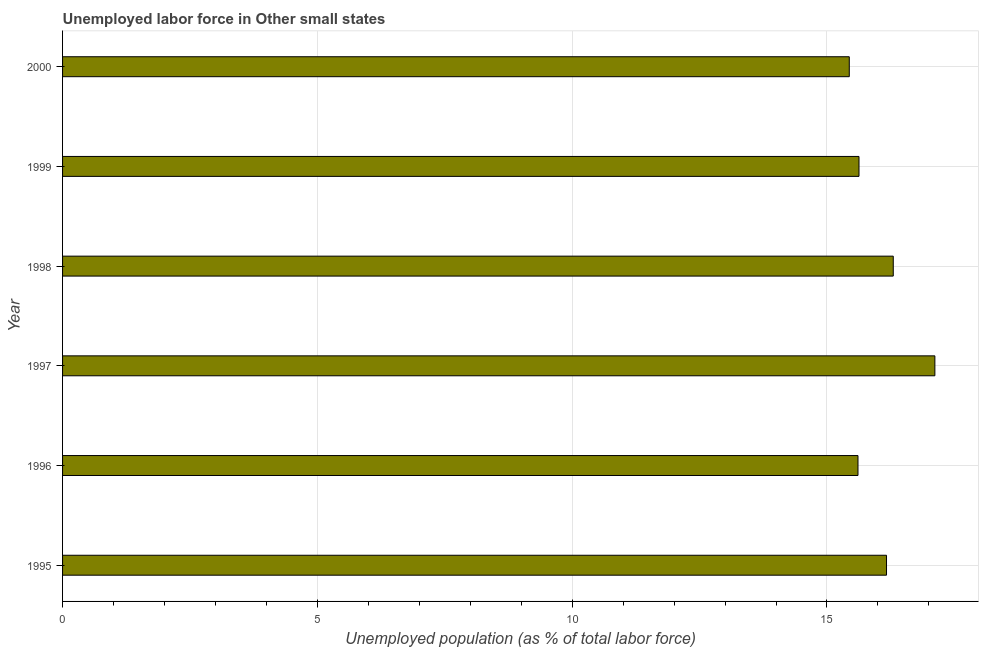
| Year | Unemployment |
 | --- | --- |
 | 1995 | 16.2 |
 | 1996 | 15.6 |
 | 1997 | 17.1 |
 | 1998 | 16.3 |
 | 1999 | 15.6 |
 | 2000 | 15.4 |